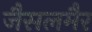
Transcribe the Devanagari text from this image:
जैसलमैर